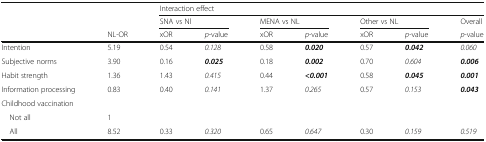
<table><thead><tr><td rowspan="3"></td><td></td><td colspan="7"><b>Interaction effect</b></td></tr><tr><td></td><td colspan="2"><b>SNA vs Nl</b></td><td colspan="2"><b>MENA vs NL</b></td><td colspan="2"><b>Other vs NL</b></td><td><b>Overall</b></td></tr><tr><td><b>NL-OR</b></td><td><b>xOR</b></td><td><b><i>p</i>-value</b></td><td><b>xOR</b></td><td><b><i>p</i>-value</b></td><td><b>xOR</b></td><td><b><i>p</i>-value</b></td><td><b><i>p</i>-value</b></td></tr></thead><tbody><tr><td>Intention</td><td>5.19</td><td>0.54</td><td><i>0.128</i></td><td>0.58</td><td><b><i>0.020</i></b></td><td>0.57</td><td><b><i>0.042</i></b></td><td><i>0.060</i></td></tr><tr><td>Subjective norms</td><td>3.90</td><td>0.16</td><td><b><i>0.025</i></b></td><td>0.18</td><td><b><i>0.002</i></b></td><td>0.70</td><td><i>0.604</i></td><td><b><i>0.006</i></b></td></tr><tr><td>Habit strength</td><td>1.36</td><td>1.43</td><td><i>0.415</i></td><td>0.44</td><td><b><i>&lt;0.001</i></b></td><td>0.58</td><td><b><i>0.045</i></b></td><td><b><i>0.001</i></b></td></tr><tr><td>Information processing</td><td>0.83</td><td>0.40</td><td><i>0.141</i></td><td>1.37</td><td><i>0.265</i></td><td>0.57</td><td><i>0.153</i></td><td><b><i>0.043</i></b></td></tr><tr><td colspan="9">Childhood vaccination</td></tr><tr><td> Not all</td><td>1</td><td></td><td></td><td></td><td></td><td></td><td></td><td></td></tr><tr><td> All</td><td>8.52</td><td>0.33</td><td><i>0.320</i></td><td>0.65</td><td><i>0.647</i></td><td>0.30</td><td><i>0.159</i></td><td><i>0.519</i></td></tr></tbody></table>